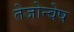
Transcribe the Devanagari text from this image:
तेजोन्वेष